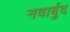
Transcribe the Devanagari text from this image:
नवार्बुद